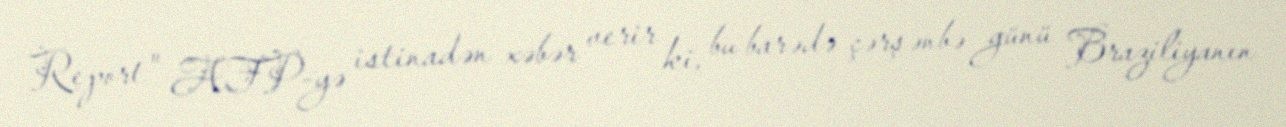
Report" AFP-yə istinadən xəbər verir ki, bu barədə çərşənbə günü Braziliyanın